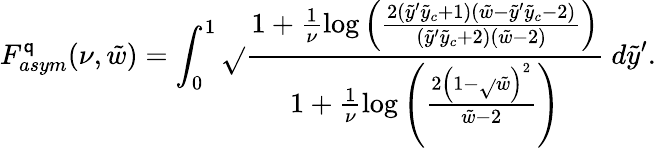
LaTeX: F_{asym}^{\mathsf{q}}(\nu,\tilde{{w}})=\int_{0}^{1}\sqrt{}{{\frac{{1+\frac{{1}}{{\nu}}\log\left(\frac{{2(\tilde{{y}}^{\prime}\tilde{{y}}_{c}+1)(\tilde{{w}}-\tilde{{y}}^{\prime}\tilde{{y}}_{c}-2)}}{{(\tilde{{y}}^{\prime}\tilde{{y}}_{c}+2)(\tilde{{w}}-2)}}\right)}}{{1+\frac{{1}}{{\nu}}\log\left(\frac{{2\left(1-\sqrt{}{{\tilde{{w}}}}\right)^{2}}}{{\tilde{{w}}-2}}\right)}}}}~d\tilde{{y}}^{\prime}.